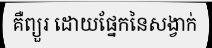
គឺព្យួរ ដោយផ្នែកនៃសង្វាក់